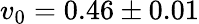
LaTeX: v_{0}=0.46\pm 0.01